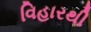
વિહારથી